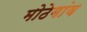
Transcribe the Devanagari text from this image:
मोठेगांव